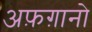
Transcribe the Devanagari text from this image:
अफ़ग़ानो